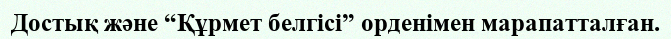
Достық және “Құрмет белгісі” орденімен марапатталған.